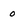
Character: o